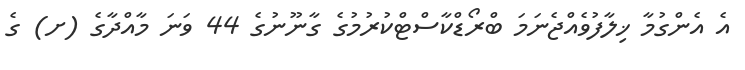
އެ އެންގުމާ ޚިލާފުވެއްޖެނަމަ ބްރޯޑްކާސްޓްކުރުމުގެ ގާނޫނުގެ 44 ވަނަ މާއްދާގެ (ށ) ގެ